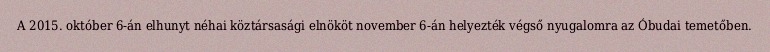
A 2015. október 6-án elhunyt néhai köztársasági elnököt november 6-án helyezték végső nyugalomra az Óbudai temetőben.